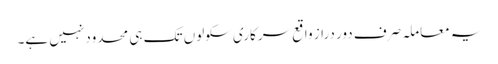
یہ معاملہ صرف دور دراز واقع سرکاری سکولوں تک ہی محدود نہیں ہے۔